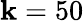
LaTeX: \mathbf{k}=50